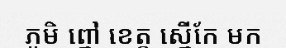
ភូមិ ព្នៅ ខេត្ត ស្នើកែ មក